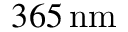
3 6 5 \, \mathrm { n m }